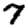
Digit: 7